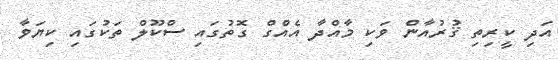
އަދި ކީރިތި ޤުރުއާން ވަކި މާއްދާ އެއްގް ގޮތުގައި ސްކޫލް ތަކުގައި ކިޔަވާ